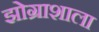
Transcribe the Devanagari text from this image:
झोग्राशाला